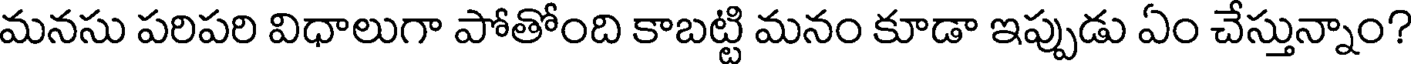
మనసు పరిపరి విధాలుగా పోతోంది కాబట్టి మనం కూడా ఇప్పుడు ఏం చేస్తున్నాం?